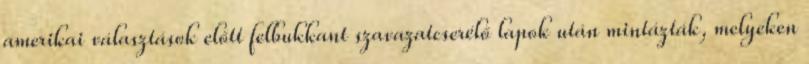
amerikai választások előtt felbukkant szavazatcserélő lapok után mintázták, melyeken